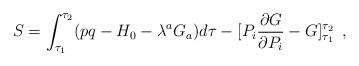
LaTeX: \begin{align*}S = \int _{\tau _1}^{\tau _2}( pq-H_0-\lambda ^a G_a ) d\tau -[P_i\frac{\partial G}{\partial P_i}-G]^{\tau _2}_{\tau _1}\,\,\, ,\end{align*}